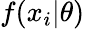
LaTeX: f(x_{i}|\theta)